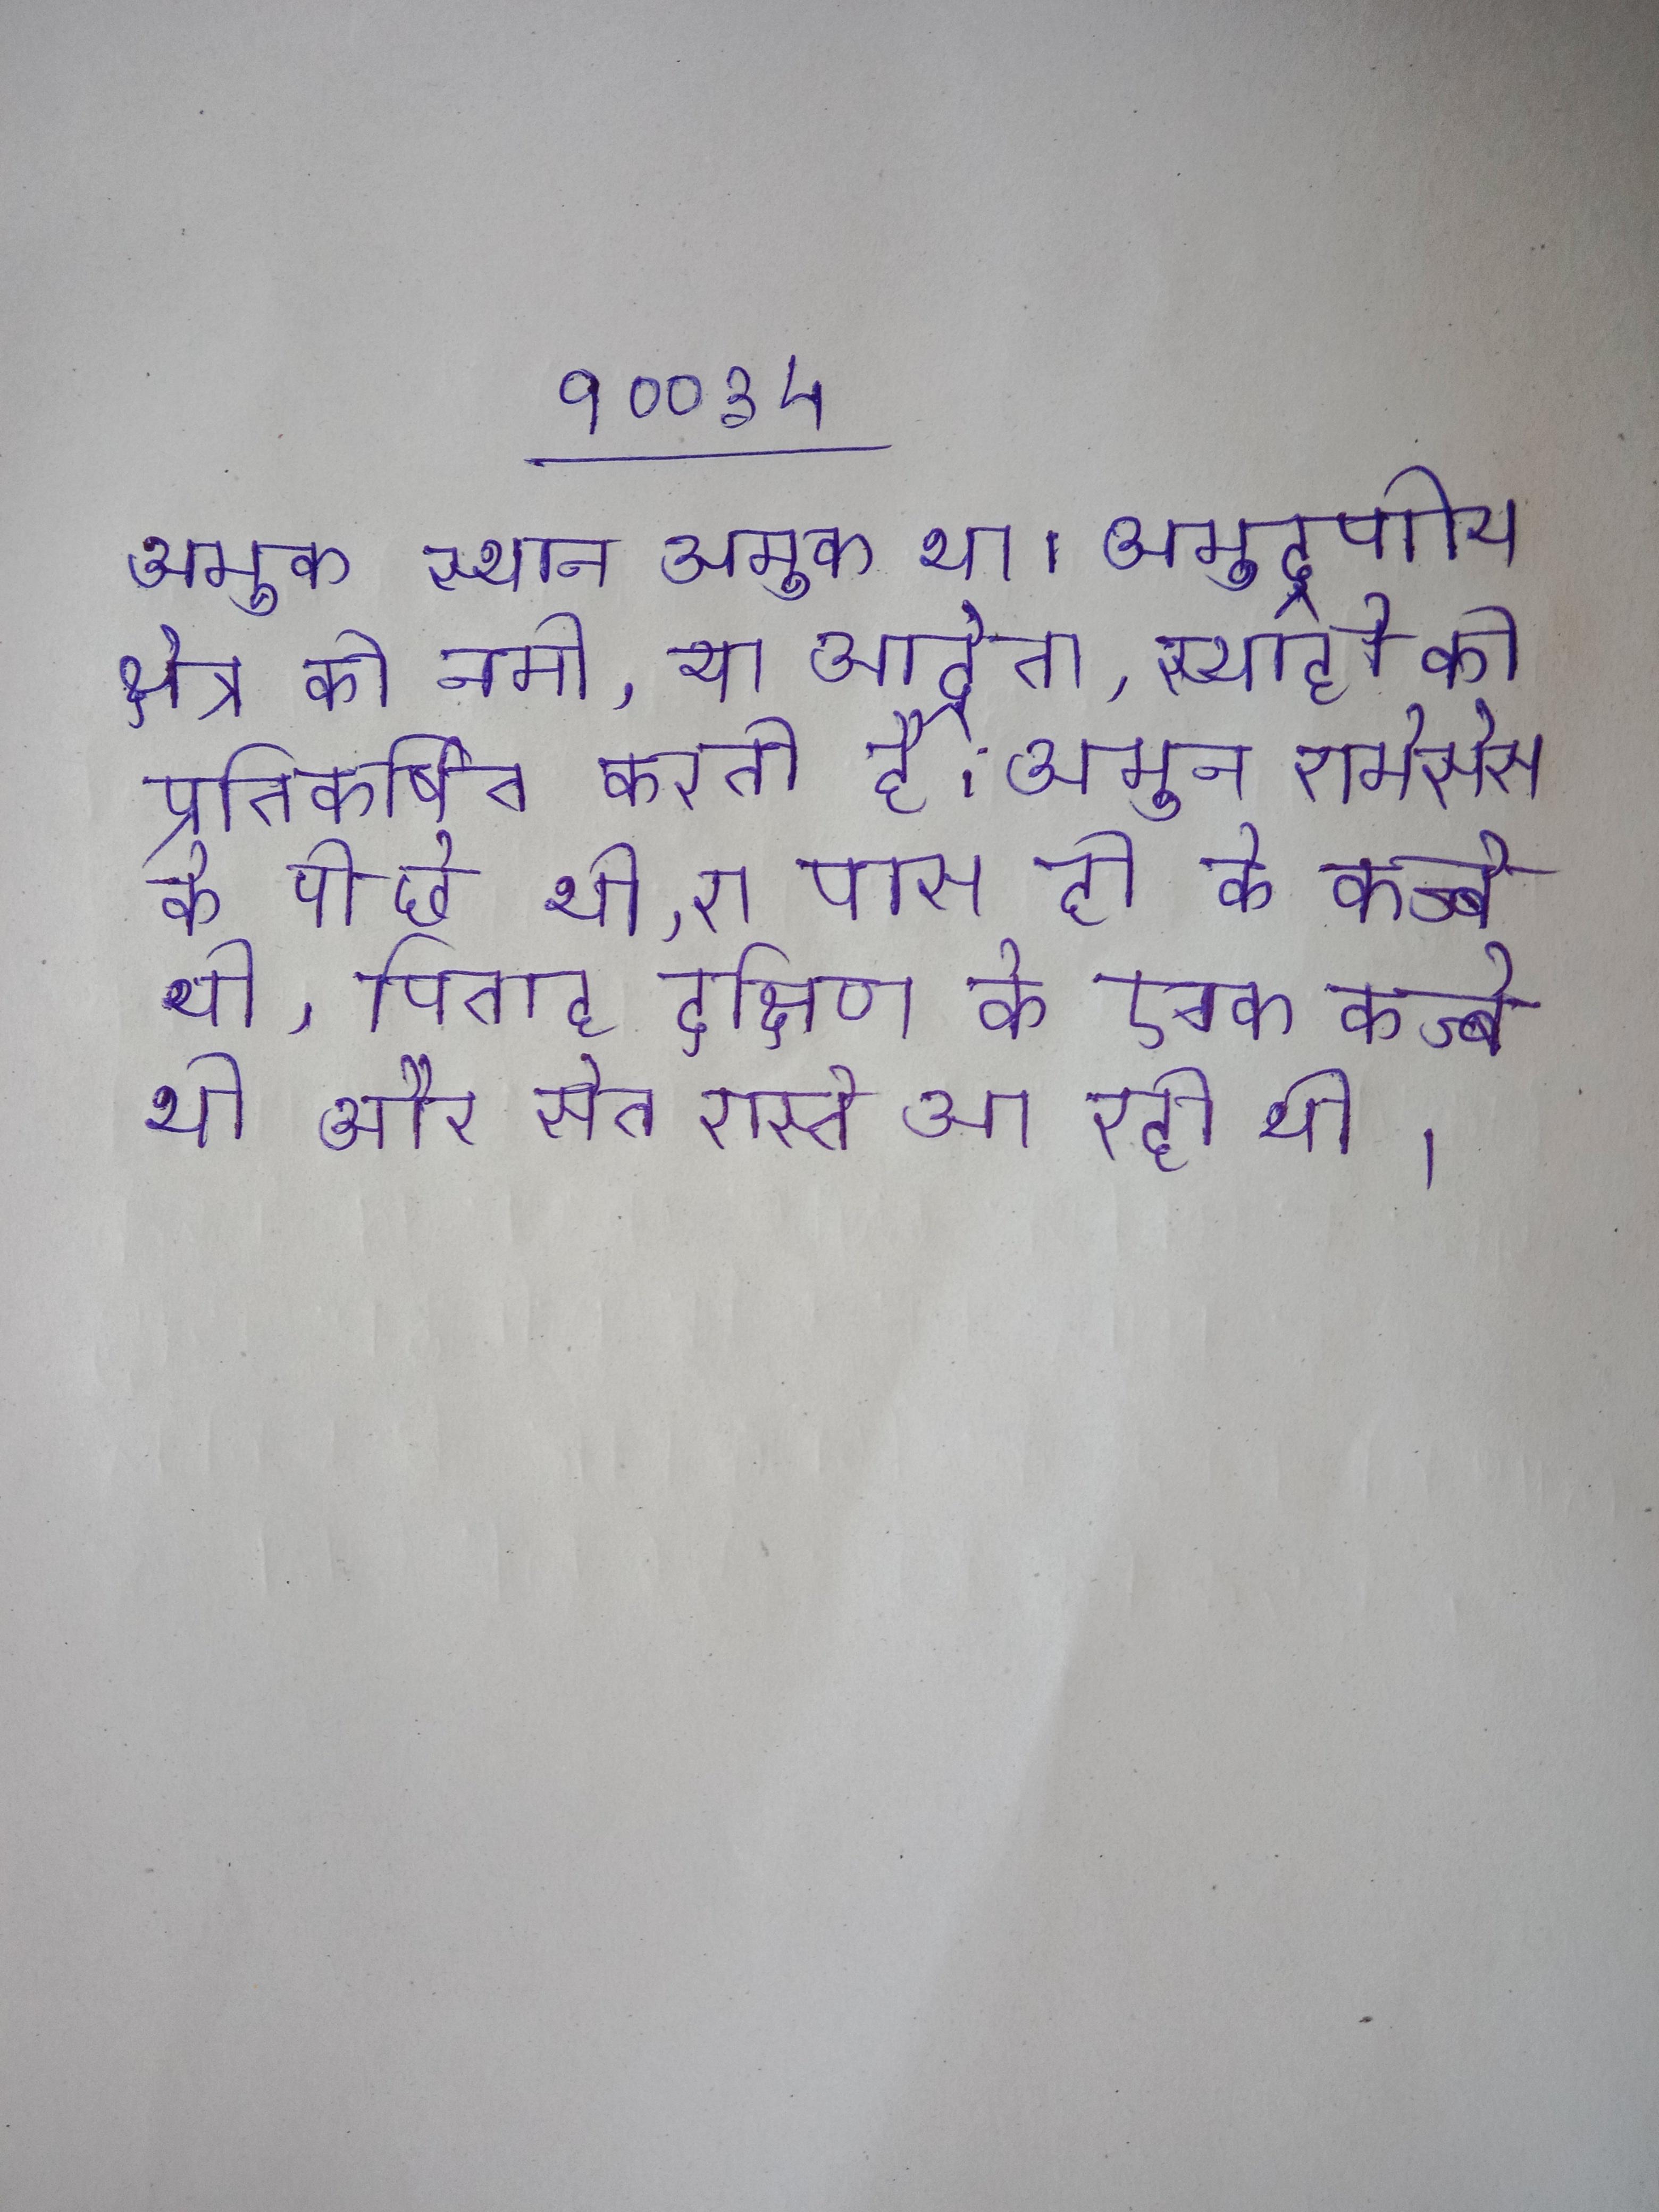
अमुक स्थान अमुक था । अमुद्रणीय क्षेत्र की नमी, या आर्द्रता, स्याही को प्रतिकर्षित करती है । अमुन रामेसेस के पीछे थी, रा पास ही के कज्बे थी, पिताह दक्षिण के एक कज्बे थी और सेत रास्ते आ रही थी ।